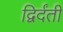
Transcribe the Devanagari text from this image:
द्विर्दंती